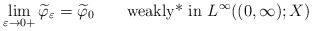
\begin{align*}\displaystyle \lim_{\varepsilon\to 0+}\widetilde \varphi_\varepsilon = \widetilde \varphi_0 \qquad\hbox{\rm weakly* in }L^\infty((0,\infty);X)\end{align*}